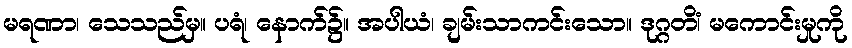
မရဏာ၊ သေသည်မှ။ ပရံ၊ နောက်၌။ အပါယံ၊ ချမ်းသာကင်းသော။ ဒုဂ္ဂတိံ၊ မကောင်းမှုကို